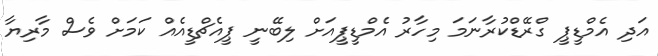
އަދި އެމްޑީޕީ ގްރޭޑްކުރާނަމަ މިހާރު އެމްޑީޕީއަށް ލިބޭނީ ޕީއެޗްޑީއެއް ކަމަށް ވެސް މާރިޔާ